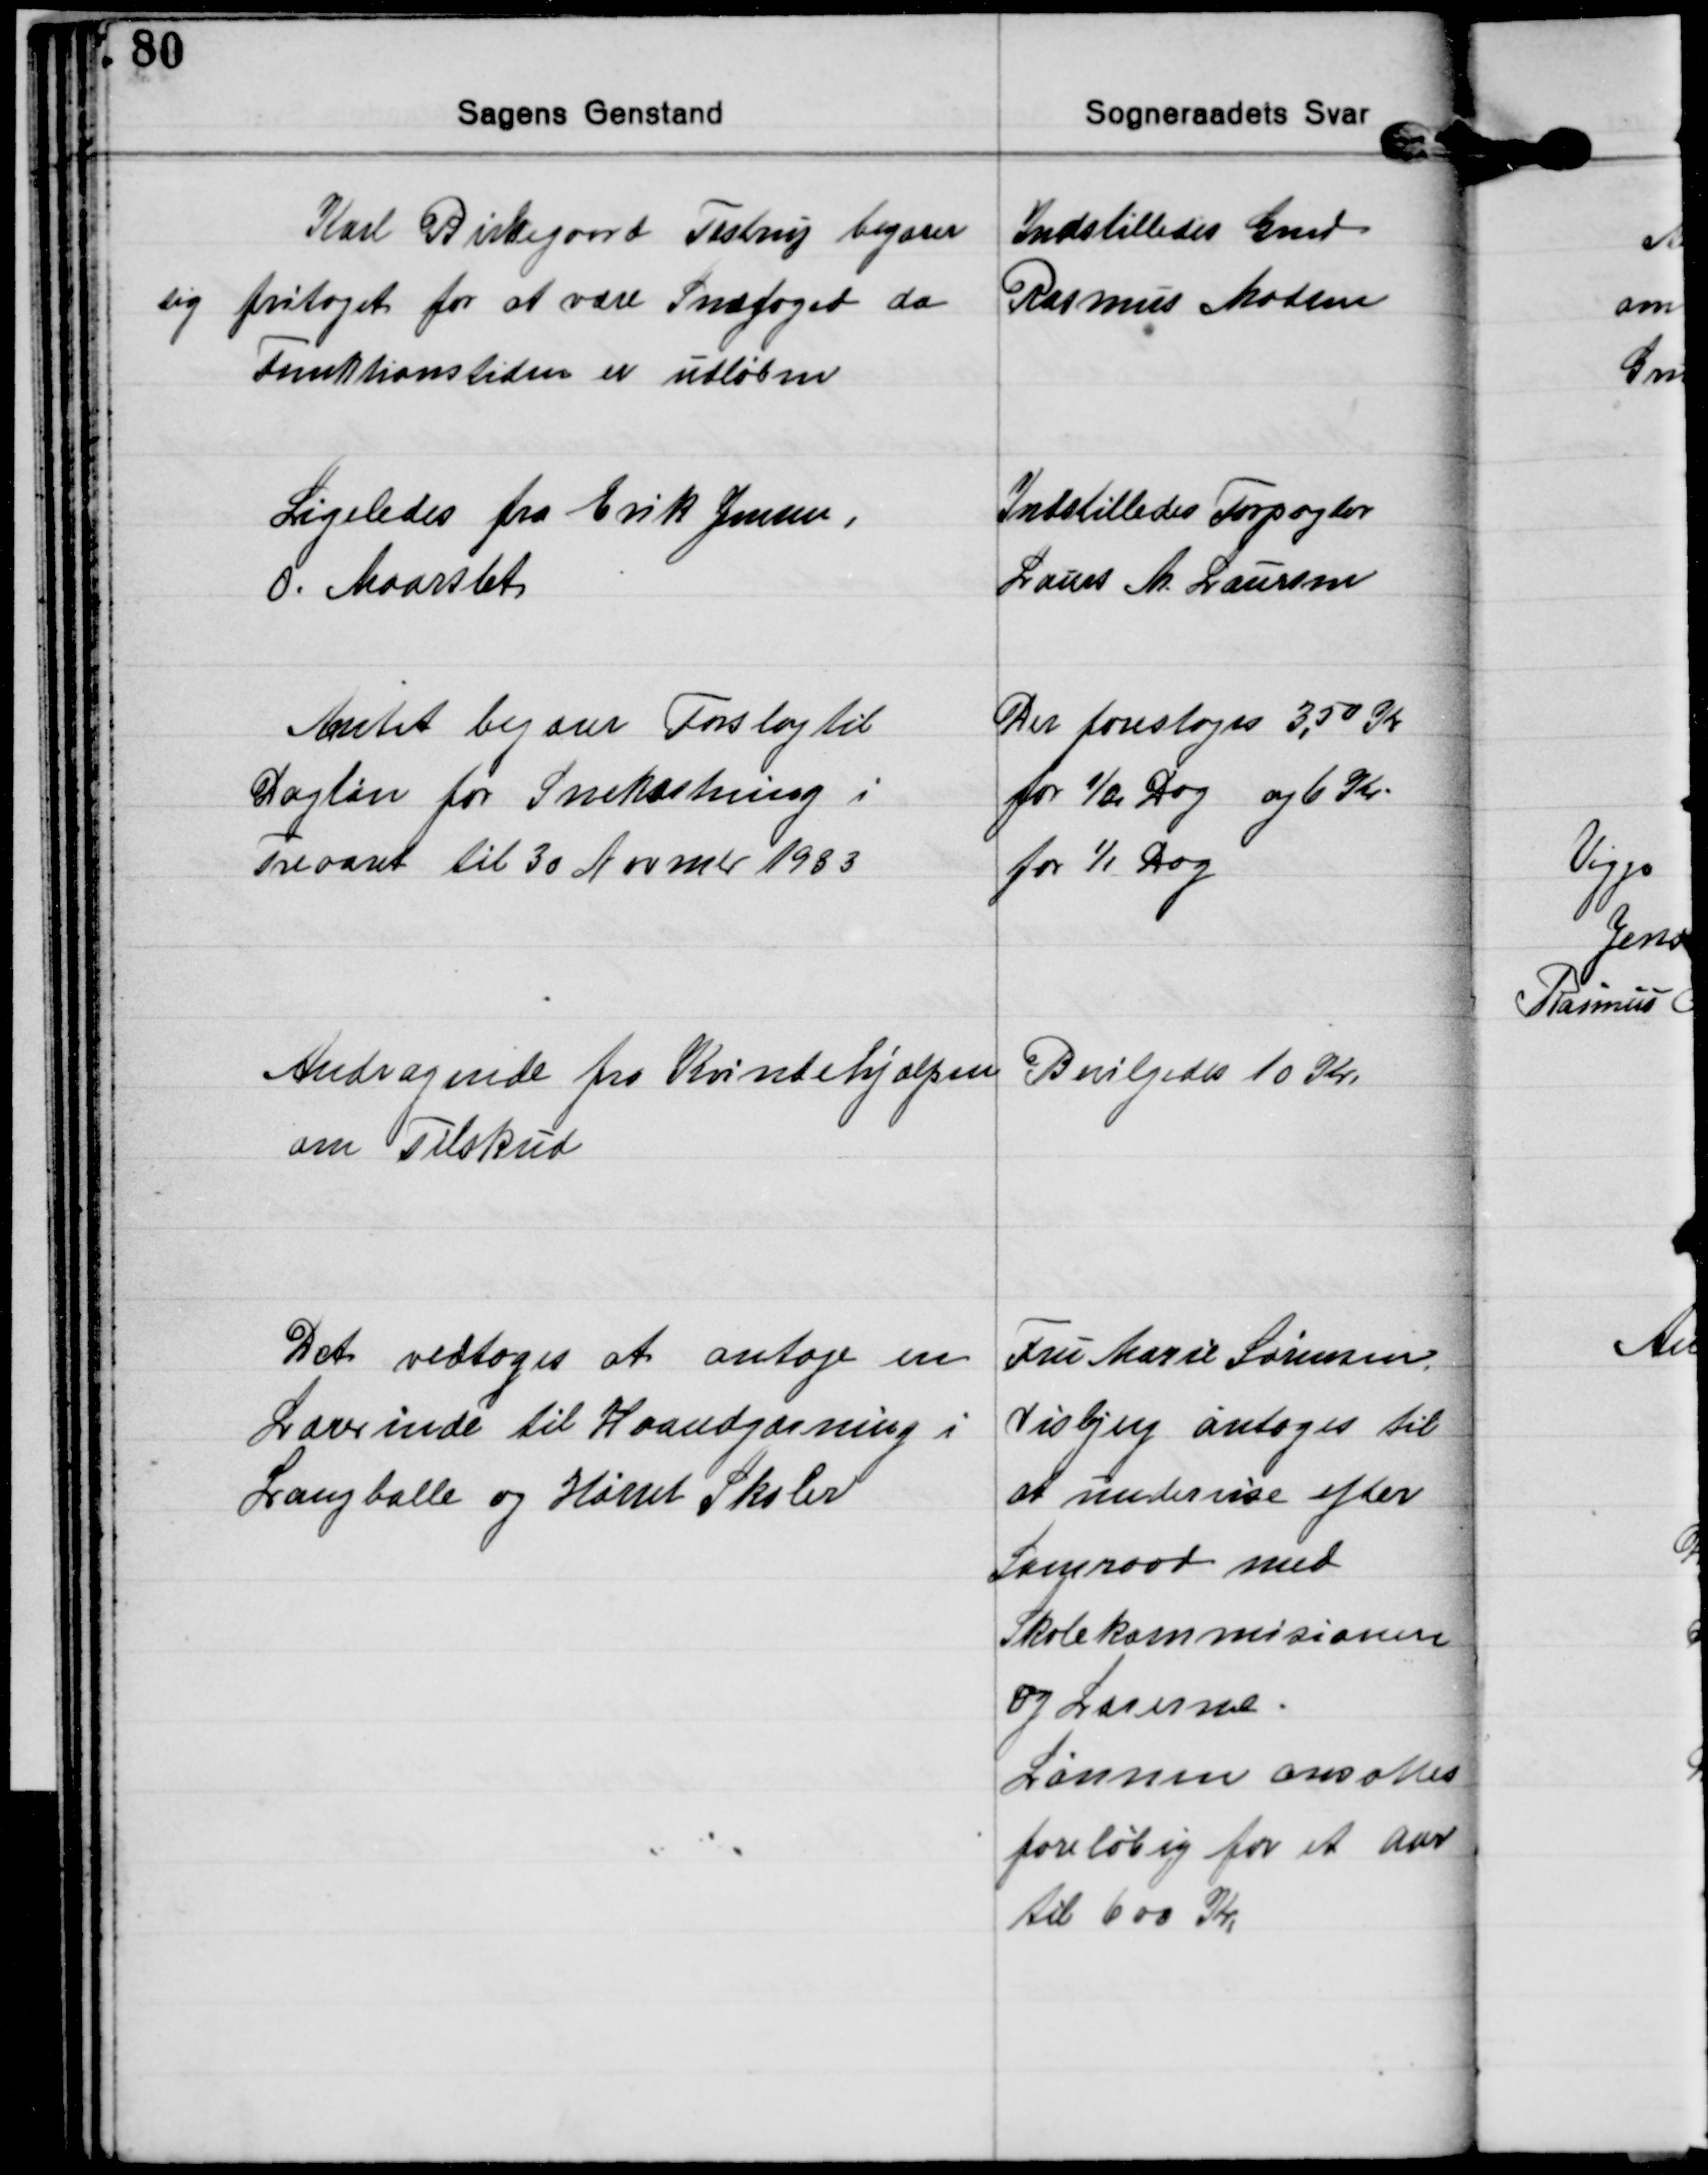
Transskription:
Karl Birkegaard Testrup begærer
sig fritaget for at være Snefoged da
Funktionstiden er udløben
Indstilledes Gmd
Rasmus Madsen

Ligeledes fra Erik Jensen,
0. Maarslet
Indstilledes Forpagter
Laurs M. Laursen

Amtet begærer Forslag til
Dagløn for Snekastning i
Treaaret til 30 Novmbr. 1933
Der foresloges 3,50 Kr
for ½ Dag og 6 Kr.
for 1/1 Dag

Andragende fra Kvindehjælpen
om Tilskud
Bevilgedes 10 Kr.

Det vedtoges at antage en
Lærerinde til Haandgærning i
Langballe og Hørret Skoler
Fru Marie Sørensen,
Visbjerg antoges til
at undervise efter
Samraad med
Skolekommisionen
og Lærerne.
Lønnen ansattes
foreløbig for et Aar
til 600 Kr.